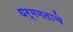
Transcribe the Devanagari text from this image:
धर्ममताचे